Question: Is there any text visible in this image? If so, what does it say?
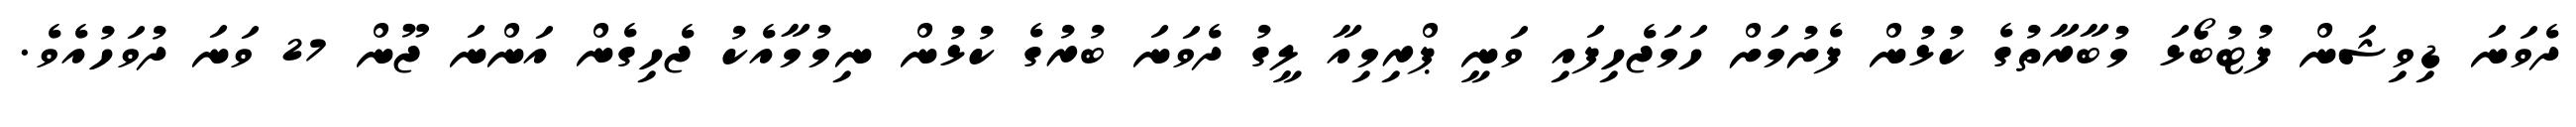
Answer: ދެވަނަ ޑިވިޝަން ފުޓުބޯޅަ މުބާރާތުގެ ކުޅުން ފެށުމަށް ހަމަޖެހިފައި ވަނީ ޕްރިމިއާ ލީގު ދެވަނަ ބުރުގެ ކުޅުން ނިމުމާއެކު ޖެހިގެން އަންނަ ޖޫން 27 ވަނަ ދުވަހުއެވެ.